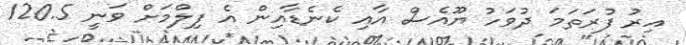
އިރު ފުރަތަމަ ދުވަހު ޔޫއެސް އާއި ކެނެޑާއިން އެ ފިލްމަށް ވަނީ 120.5